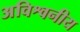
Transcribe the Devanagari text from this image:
अविश्वनीय